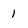
Character: 1